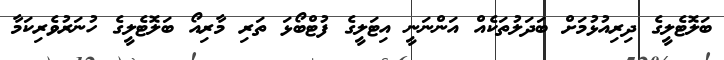
ބަލޮޓެލީގެ ދިރިއުޅުމަށް ބަދަލުތަކެއް އަންނަނީ އިޓަލީގެ ފުޓްބޯޅަ ތަރި މާރިއޯ ބަލޮޓެލީގެ ހުނަރުވެރިކަމާ